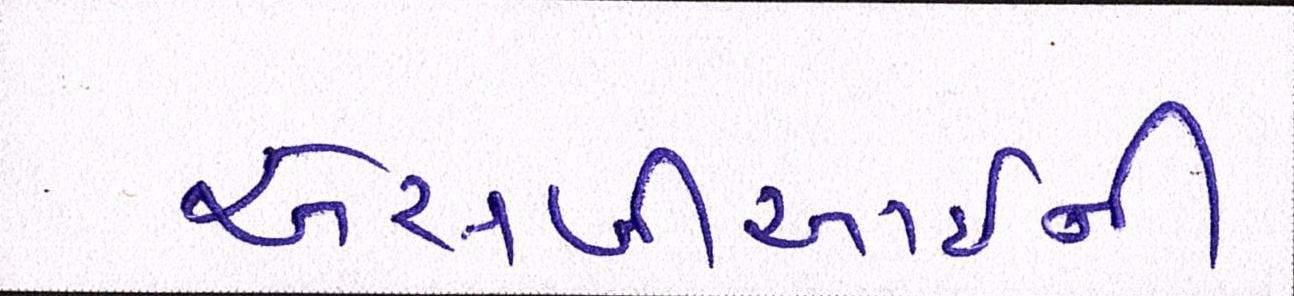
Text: એસબીઆઇની